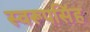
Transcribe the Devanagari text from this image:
स्वरूपसिंह